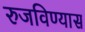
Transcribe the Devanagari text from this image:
रुजविण्यास